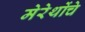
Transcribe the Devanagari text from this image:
मेरेथोंचे